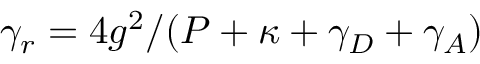
\gamma _ { r } = 4 g ^ { 2 } / ( P + \kappa + \gamma _ { D } + \gamma _ { A } )